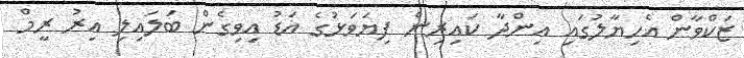
ޒަކްވާން އެހިޔާލުގައި އިންދާ ކައިރިން ފިޔަވަޅުގެ އަޑު އިވިގެން ބަލައިލި އިރު ރީމް